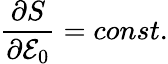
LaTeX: \frac{\partial S}{\partial{\cal{E}}_{0}}=const.